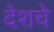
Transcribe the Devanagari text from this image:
देशचे